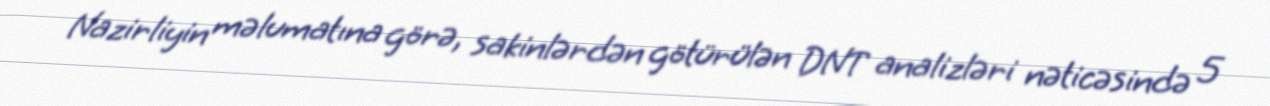
Nazirliyin məlumatına görə, sakinlərdən götürülən DNT analizləri nəticəsində 5